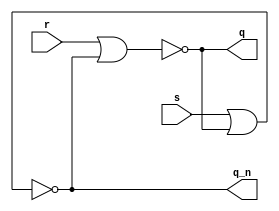
module sr_latch
(
input s,
input r,
output q,
output q_n
);
assign q = ~ ( r | q_n );
assign q_n = ~ ( s | q );
endmodule

module d_latch
(
input clk ,
input d,
output q,
output q_n
);
wire r = ~d & clk;
wire s = d & clk ;
sr_latch sr_latch (s, r, q, q_n);
endmodule